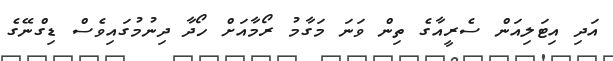
އަދި އިޓަލިއަން ސެރީއާގެ ތިން ވަނަ މަގާމު ރޯމާއަށް ހޯދާ ދިނުމުގައިވެސް ޑިގްނޭގެ